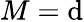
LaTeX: M=\mathrm{d}